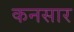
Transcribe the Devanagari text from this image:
कनसार